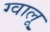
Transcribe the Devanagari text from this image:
ग्वालू